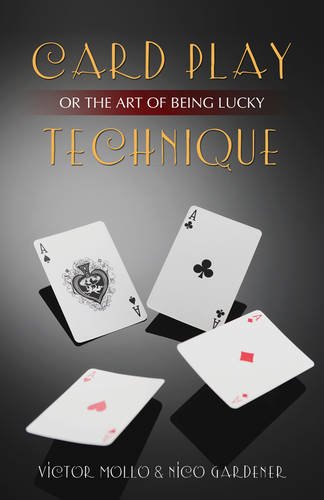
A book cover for Card Play Technique or the Art of Being Lucky; Victor Mollo; Humor & Entertainment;